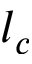
l _ { c }